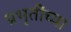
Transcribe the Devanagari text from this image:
प्रभृतींच्या